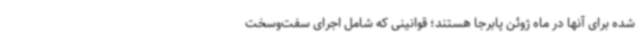
شده برای آنها در ماه ژوئن پابرجا هستند؛ قوانینی که شامل اجرای سفت‌وسخت